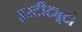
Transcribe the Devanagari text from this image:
इस्टीट्यूटो